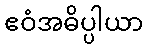
ဧဝံအဓိပ္ပါယာ